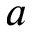
a